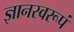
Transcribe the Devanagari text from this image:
ज्ञानस्वरूपं